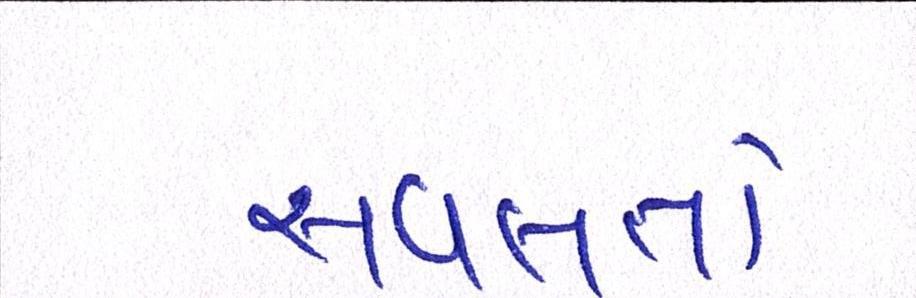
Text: સવલતો